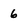
Character: 6